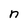
Character: n